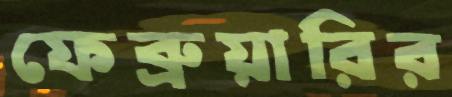
ফেব্রুয়ারির